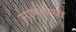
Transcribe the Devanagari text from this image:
साफोच्या